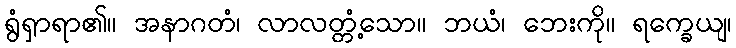
ရွံရှာရာ၏။ အနာဂတံ၊ လာလတ္တံ့သော။ ဘယံ၊ ဘေးကို။ ရက္ခေယျ၊